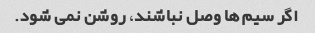
اگر سیم ها وصل نباشند، روشن نمی شود.